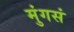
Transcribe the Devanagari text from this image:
मुंगसं